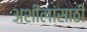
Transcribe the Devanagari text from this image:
अशीलांसाठी